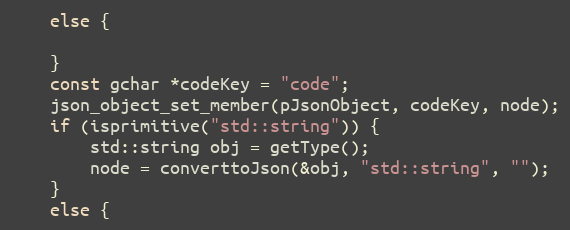
Language: C++
	else {

	}
	const gchar *codeKey = "code";
	json_object_set_member(pJsonObject, codeKey, node);
	if (isprimitive("std::string")) {
		std::string obj = getType();
		node = converttoJson(&obj, "std::string", "");
	}
	else {